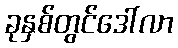
ခုနှစ်တွင်ဒေါ်လာ